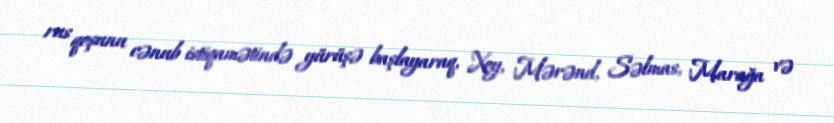
rus qoşunu cənub istiqamətində yürüşə başlayaraq, Xoy, Mərənd, Səlmas, Marağa və